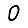
Digit: 0